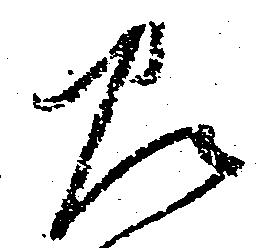
左